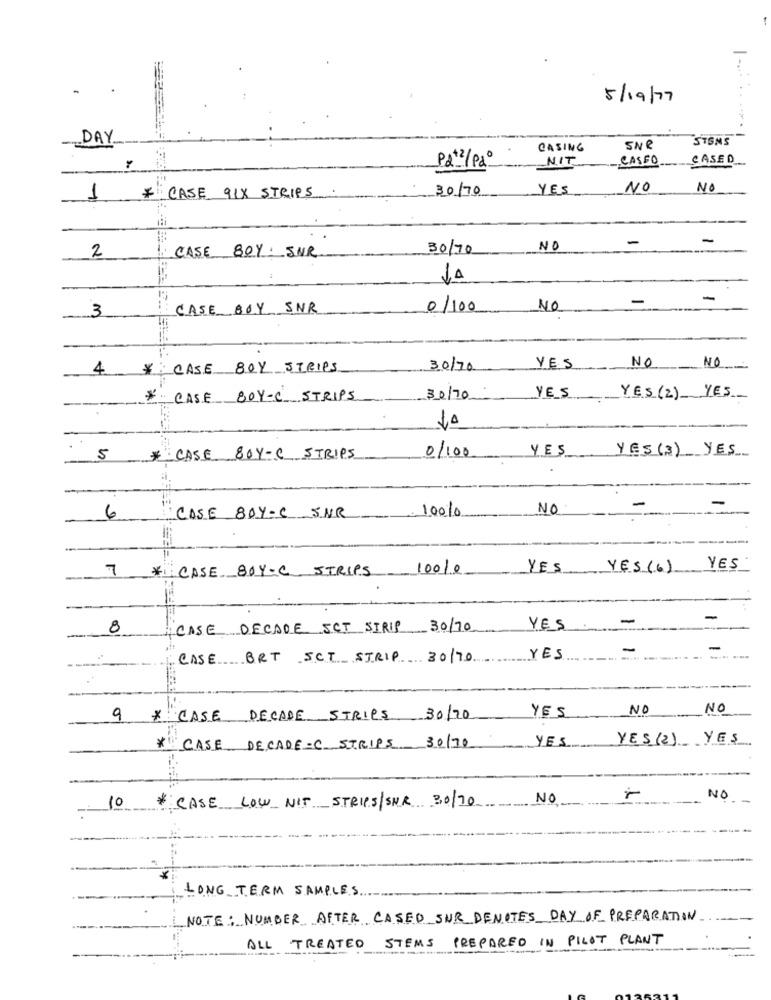
5/19/77
DAY
STSMS
CASING
SNR
P2+2/P2º
NIT
CASEO
CASED
CASE 9IX STRIPS
30/70
YES
NO
NO
1
*
-
-
2
CASE 80Y: SUR
30/70
NO
JA
-
-
3
CASE BOY SNR
0/100
NO
4 *: CASE 80Y STRIPS
30/70
YES
NO
NO
CASE BOY-C STRIPS
30/70
YES
YES (2) YES
-
0/100
YES
YES (3) YES
5
* CASE 80Y-C STRIPS
10010
NO
6
CASE 80Y-C 5NR
-
7 *CASE 80Y=C STRIPS
10010
YES
YES (6)
YES
-
8
CASE DECADE SCT SIRIP 30/70
YES
-
-
CASE BRT SCT STRIP 30/70
YES
YES
NO
NO
9
* CASE DECADE STRIPS 30/20
*
YES
YES (2) YES
10
NO
NO
* CASE LOW NIT STRIPS/SNR 30/70
LONG TERM SAMPLES
NOTE: NUMBER AFTER CASED SUR DENOTES DAY OF PREPARATION
ALL TREATED STEMS
PREPARED IN PILOT PLANT